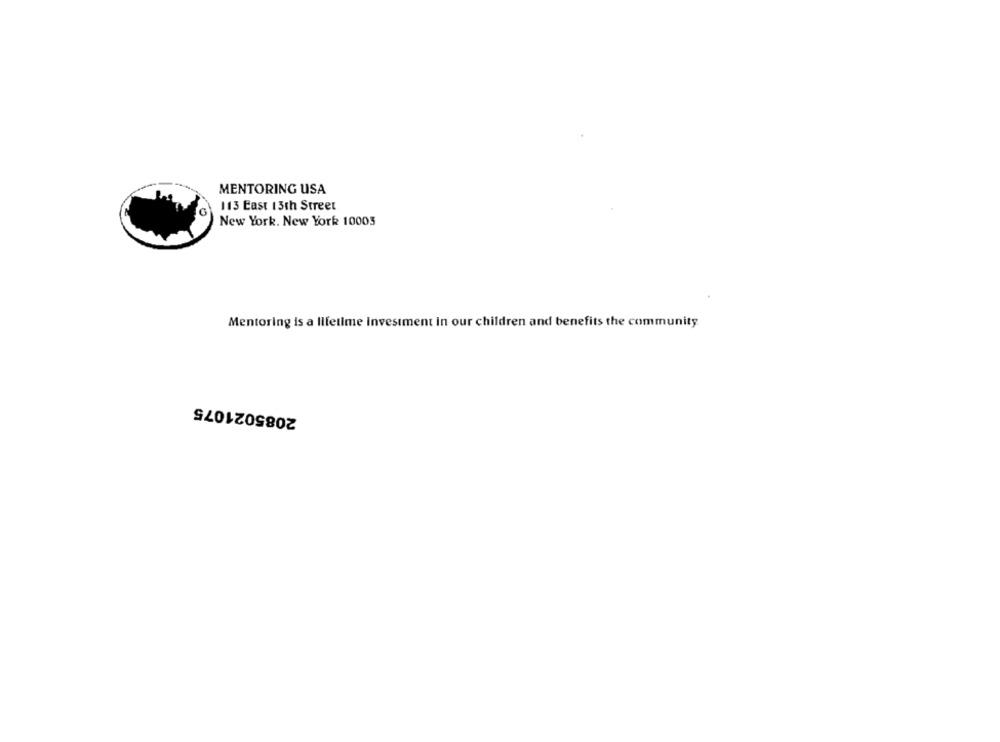
MENTORING USA
113 East 13th Street
New York. New York 10003
Mentoring is a lifetime investment in our children and benefits the community.
2085021075